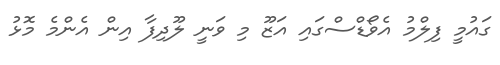
ގައުމީ ފިލްމު އެވޯޑްސްގައި އަޒޫ މި ވަނީ ލޫދިފާ އިން އެންމެ މޮޅު